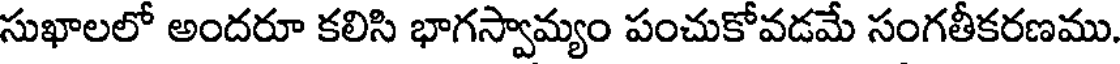
సుఖాలలో అందరూ కలిసి భాగస్వామ్యం పంచుకోవడమే సంగతీకరణము.